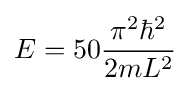
E=50{\frac {\pi ^{2}\hbar ^{2}}{2mL^{2}}}